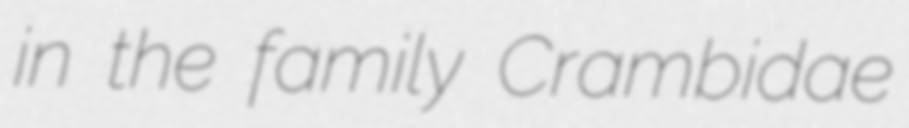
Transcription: in the family Crambidae